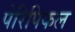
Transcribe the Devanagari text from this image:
पेरिपिकल